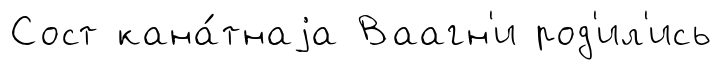
Сост кана́тнаjа Ваагн'и род'ил'ись